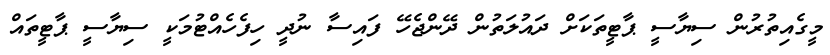
މީގެއިތުރުން ސިޔާސީ ޕާޓީތަކަށް ދައުލަތުން ދޭންޖެހޭ ފައިސާ ނުދީ ހިފެހެއްޓުމަކީ ސިޔާސީ ޕާޓީތައް